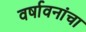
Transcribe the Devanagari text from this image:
वर्षावनांचा